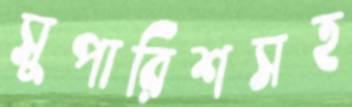
সুপারিশসহ